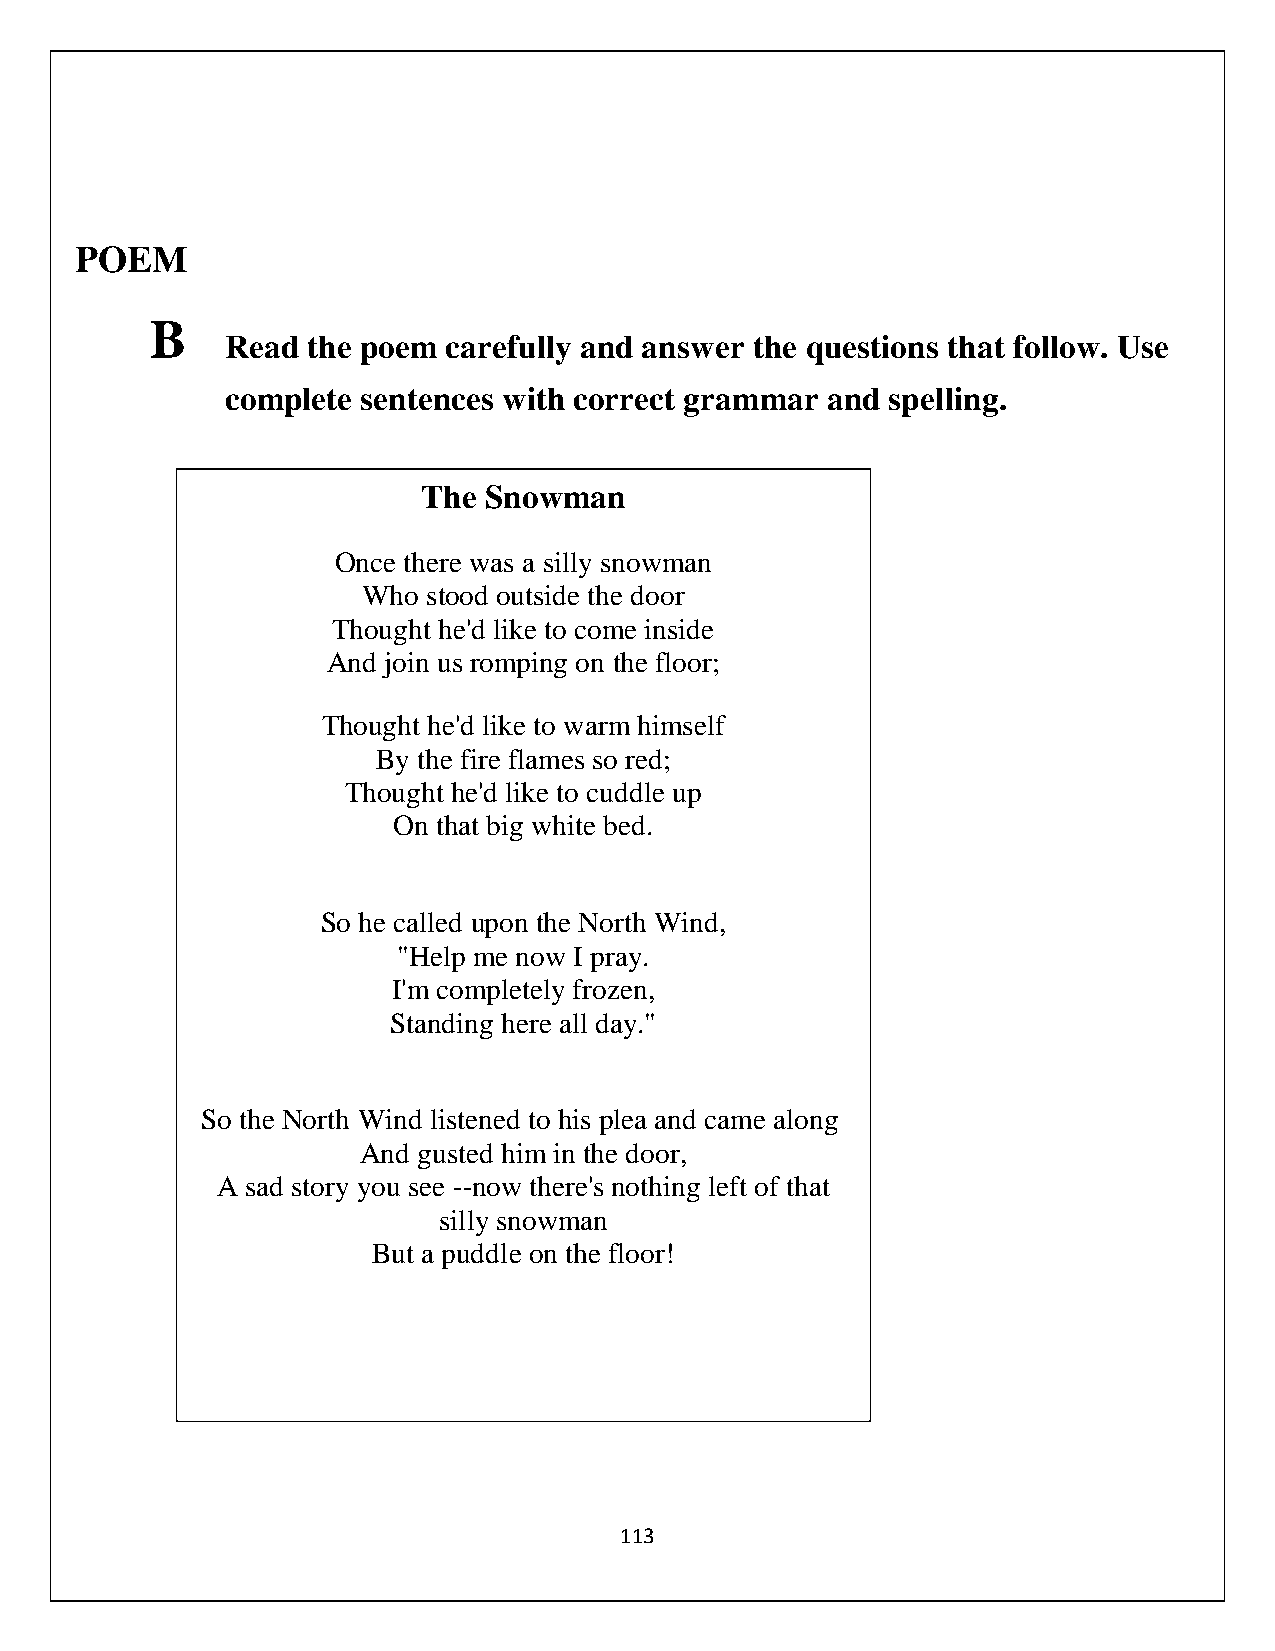
POEM
 B
 Read the poem  carefully and answer the questions that follow. Use
 complete sentences with correct grammar and spelling.
 The Snowman
 Once there was a silly snowman
 Who stood outside the door
 Thought he'd like to come inside
 And join us romping on the floor;
 Thought he'd like to warm himself
 By the fire flames so red;
 Thought he'd like to cuddle up
 On that big white bed.
 So he called upon the North Wind,
 "Help me now I pray.
 I'm completely frozen,
 Standing here all day."
 So the North Wind listened to his plea and came along
 And gusted him in the door,
 A sad story you see --now there's nothing left of that
 silly snowman
 But a puddle on the floor!
 113